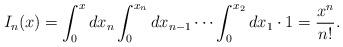
LaTeX: \begin{align*}I_n(x)=\int_0^xdx_n\int_0^{x_n}dx_{n-1}\cdots\int_0^{x_2}dx_1\cdot1=\frac{x^n}{n!}.\end{align*}